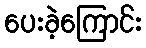
ပေးခဲ့ကြောင်း